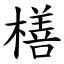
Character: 橏